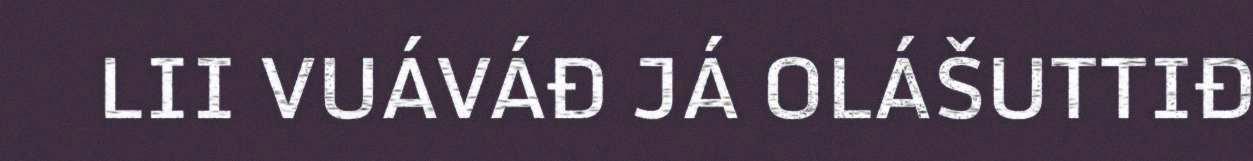
LII VUÁVÁĐ JÁ OLÁŠUTTIĐ